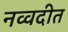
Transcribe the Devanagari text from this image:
नव्वदीत